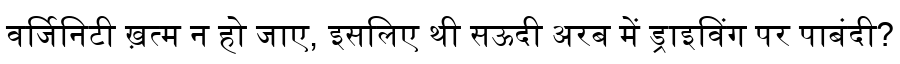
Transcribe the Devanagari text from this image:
वर्जिनिटी ख़त्म न हो जाए, इसलिए थी सऊदी अरब में ड्राइविंग पर पाबंदी?